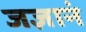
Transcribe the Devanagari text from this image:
जज्ञानं